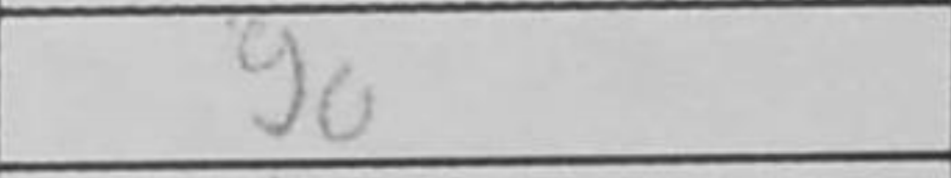
Transcription: g6